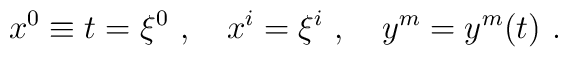
x^0\equiv t=\xi^0\ ,\quad x^i=\xi^i\ ,\quad  y^m=y^m(t)\ .